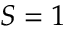
S = 1